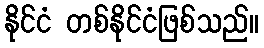
နိုင်ငံ တစ်နိုင်ငံဖြစ်သည်။